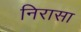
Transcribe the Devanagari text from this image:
निरासा